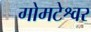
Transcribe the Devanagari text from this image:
गोमटेश्वर